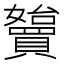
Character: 𡤓